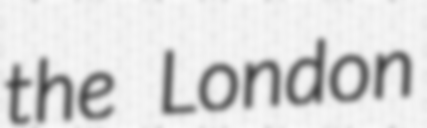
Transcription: the London